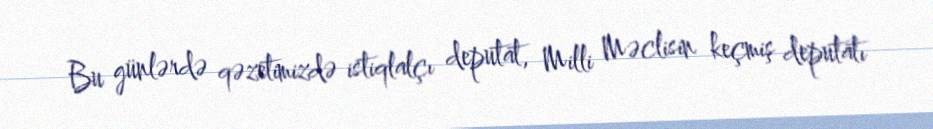
Bu günlərdə qəzetimizdə istiqlalçı deputat, Milli Məclisin keçmiş deputatı